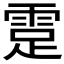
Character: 𩃈